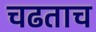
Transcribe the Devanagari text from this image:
चढताच